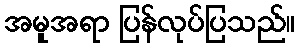
အမူအရာ ပြန်လုပ်ပြသည်။